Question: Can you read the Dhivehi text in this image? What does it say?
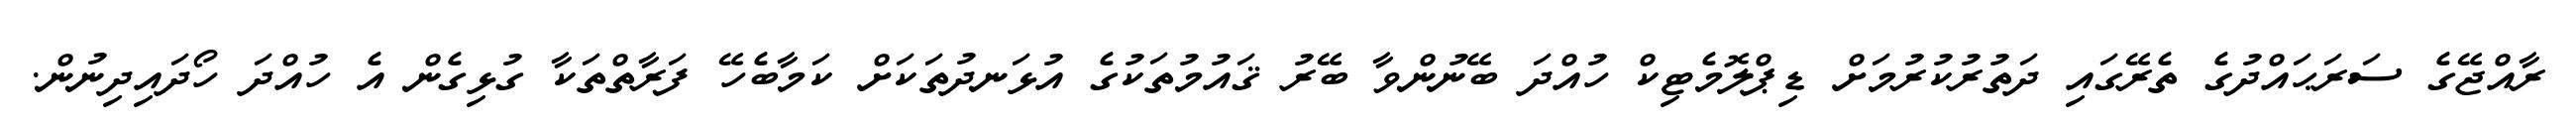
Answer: ރާއްޖޭގެ ސަރަޙައްދުގެ ތެރޭގައި ދަތުރުކުރުމަށް ޑިޕްލޮމެޓިކް ހުއްދަ ބޭނުންވާ ބޭރު ޤައުމުތަކުގެ އުޅަނދުތަކަށް ކަމާބެހޭ ފަރާތްތަކާ ގުޅިގެން އެ ހުއްދަ ހޯދައިދިނުން.